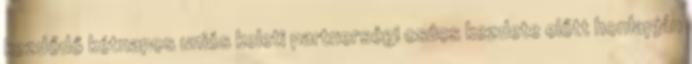
kezdődő kétnapos uniós keleti partnerségi csúcs kezdete előtt honlapján